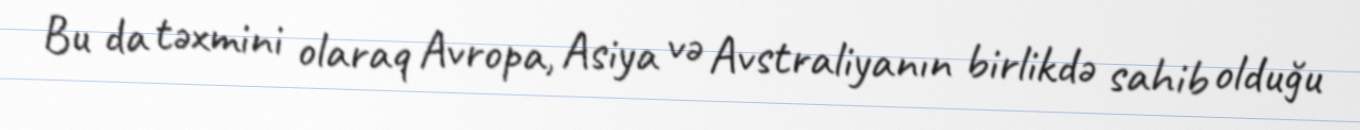
Bu da təxmini olaraq Avropa, Asiya və Avstraliyanın birlikdə sahib olduğu